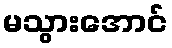
မသွားအောင်